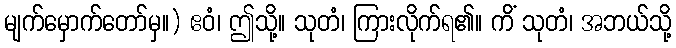
မျက်မှောက်တော်မှ။) ဧဝံ၊ ဤသို့။ သုတံ၊ ကြားလိုက်ရ၏။ ကိံ သုတံ၊ အဘယ်သို့